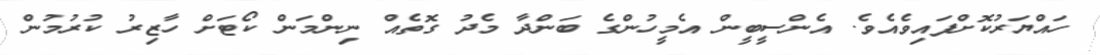
ހައްޔަރުކޮށްފައިވެއެވެ. އެންސީބީން އެމީހުންގެ ބަންދާ މެދު ގޮތެއް ނިންމަން ކޯޓަށް ހާޒިރު ކުރުމުން